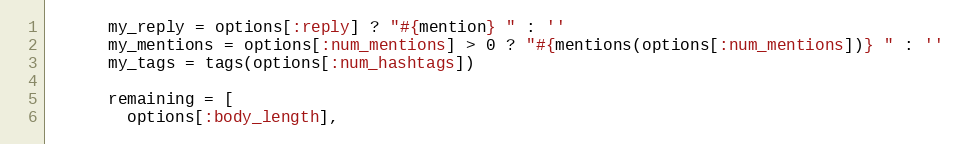
Language: Ruby
      my_reply = options[:reply] ? "#{mention} " : ''
      my_mentions = options[:num_mentions] > 0 ? "#{mentions(options[:num_mentions])} " : ''
      my_tags = tags(options[:num_hashtags])

      remaining = [
        options[:body_length],